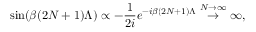
\sin ( \beta ( 2 N + 1 ) \Lambda ) \propto - \frac { 1 } { 2 i } e ^ { - i \beta ( 2 N + 1 ) \Lambda } \stackrel { N \rightarrow \infty } { \rightarrow } \infty ,